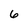
Character: 6